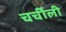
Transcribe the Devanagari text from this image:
चर्चीली